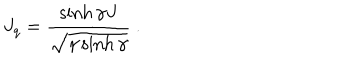
J _ { q } = \displaystyle \frac { \sinh \gamma J } { \sqrt { \gamma \sinh \gamma } } ~ .